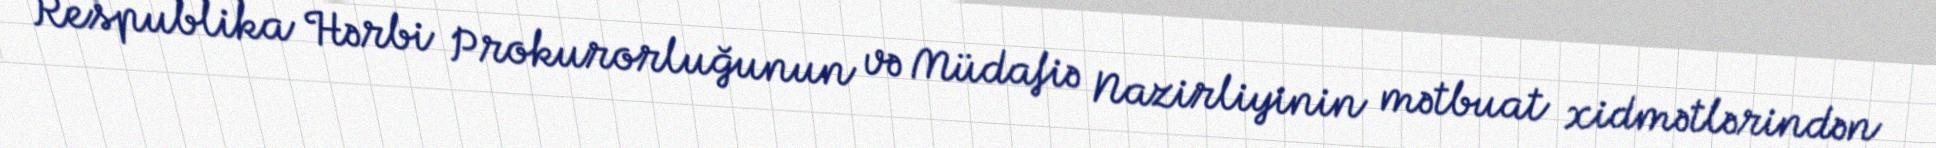
Respublika Hərbi Prokurorluğunun və Müdafiə Nazirliyinin mətbuat xidmətlərindən